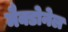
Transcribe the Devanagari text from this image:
मैक्डोनेल